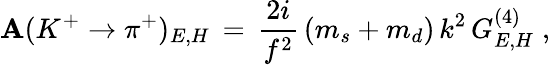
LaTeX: {\cal\mathbf{A}}(K^{+}\rightarrow\pi^{+})_{E,H}\, =\, \frac{{2i}}{{f^{2}}}\, (m_{s}+m_{d})\, k^{2}\, G_{E,H}^{(4)}\; ,